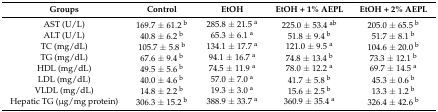
<table><thead><tr><td><b>Groups</b></td><td><b>Control</b></td><td><b>EtOH</b></td><td><b>EtOH + 1% AEPL</b></td><td><b>EtOH + 2% AEPL</b></td></tr></thead><tbody><tr><td>AST (U/L)</td><td>169.7 ± 61.2 <sup>b</sup></td><td>285.8 ± 21.5 <sup>a</sup></td><td>225.0 ± 53.4 <sup>ab</sup></td><td>205.0 ± 65.5 <sup>b</sup></td></tr><tr><td>ALT (U/L)</td><td>40.8 ± 6.2 <sup>b</sup></td><td>65.3 ± 6.1 <sup>a</sup></td><td>51.8 ± 9.4 <sup>b</sup></td><td>51.7 ± 8.1 <sup>b</sup></td></tr><tr><td>TC (mg/dL)</td><td>105.7 ± 5.8 <sup>b</sup></td><td>134.1 ± 17.7 <sup>a</sup></td><td>121.0 ± 9.5 <sup>a</sup></td><td>104.6 ± 20.0 <sup>b</sup></td></tr><tr><td>TG (mg/dL)</td><td>67.6 ± 9.4 <sup>b</sup></td><td>94.1 ± 16.7 <sup>a</sup></td><td>74.8 ± 13.4 <sup>b</sup></td><td>73.3 ± 12.1 <sup>b</sup></td></tr><tr><td>HDL (mg/dL)</td><td>49.5 ± 5.6 <sup>b</sup></td><td>74.5 ± 11.9 <sup>a</sup></td><td>78.0 ± 12.2 <sup>a</sup></td><td>69.7 ± 14.5 <sup>a</sup></td></tr><tr><td>LDL (mg/dL)</td><td>40.0 ± 4.6 <sup>b</sup></td><td>57.0 ± 7.0 <sup>a</sup></td><td>41.7 ± 5.8 <sup>b</sup></td><td>45.3 ± 0.6 <sup>b</sup></td></tr><tr><td>VLDL (mg/dL)</td><td>14.8 ± 2.2 <sup>b</sup></td><td>19.3 ± 3.0 <sup>a</sup></td><td>15.6 ± 2.5 <sup>b</sup></td><td>13.3 ± 1.2 <sup>b</sup></td></tr><tr><td>Hepatic TG (μg/mg protein)</td><td>306.3 ± 15.2 <sup>b</sup></td><td>388.9 ± 33.7 <sup>a</sup></td><td>360.9 ± 35.4 <sup>a</sup></td><td>326.4 ± 42.6 <sup>b</sup></td></tr></tbody></table>